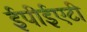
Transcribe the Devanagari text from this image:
ईपीईएटी